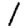
Digit: 1